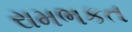
રામભકત